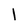
Character: 1